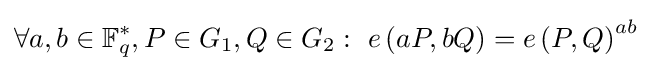
\forall a,b\in \mathbb {F} _{q}^{*},P\in G_{1},Q\in G_{2}:\ e\left(aP,bQ\right)=e\left(P,Q\right)^{ab}